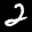
Label: 2